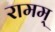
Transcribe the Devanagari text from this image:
रामम्